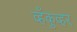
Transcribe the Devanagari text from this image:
व्हँकुव्हर